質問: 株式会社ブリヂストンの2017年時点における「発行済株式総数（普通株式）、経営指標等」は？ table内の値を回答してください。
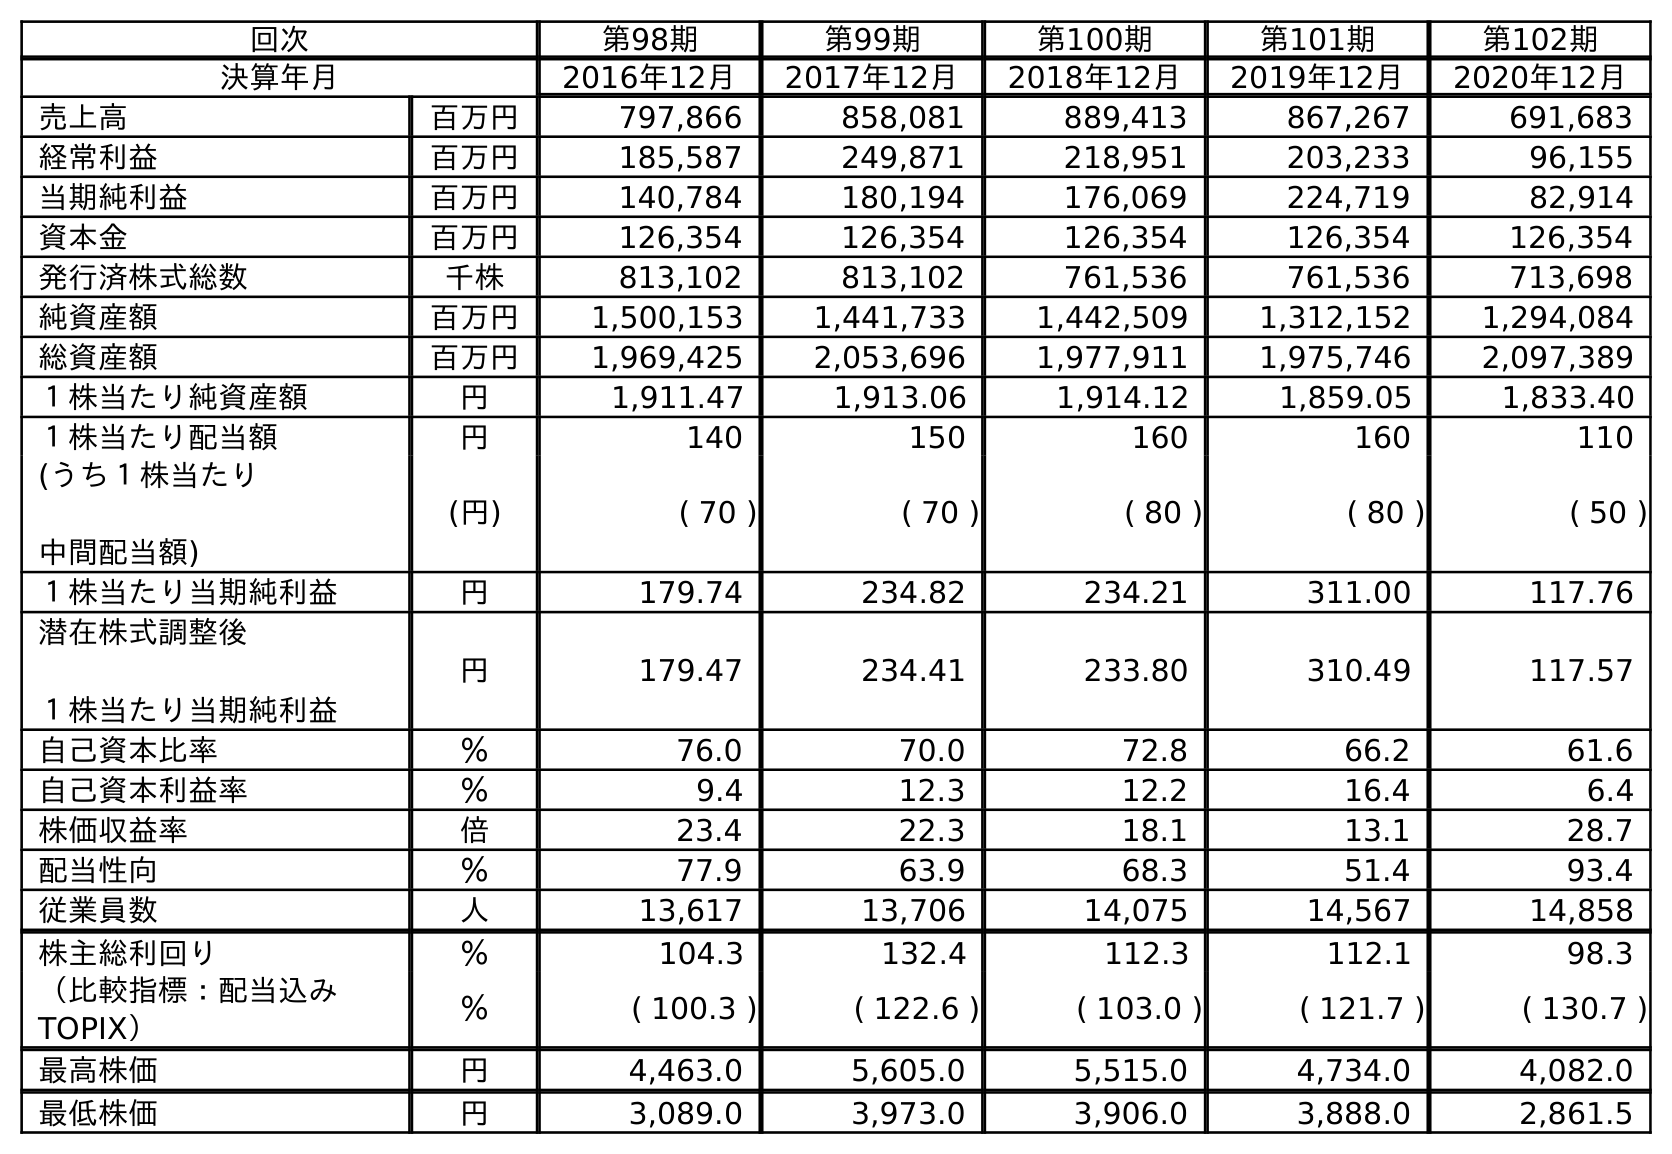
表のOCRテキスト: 回次 第98期 第99期 第100期 第101期 第102期 決算年月 2016年12月 2017年12月 2018年12月 2019年12月 2020年12月 売上高 百万円 797,866 858,081 889,413 867,267 691,683 経常利益 百万円 185,587 249,871 218,951 203,233 96,155 当期純利益 百万円 140,784 180,194 176,069 224,719 82,914 資本金 百万円 126,354 126,354 126,354 126,354 126,354 発行済株式総数 千株 813,102 813,102 761,536 761,536 713,698 純資産額 百万円 1,500,153 1,441,733 1,442,509 1,312,152 1,294,084 総資産額 百万円 1,969,425 2,053,696 1,977,911 1,975,746 2,097,389 １株当たり純資産額 円 1,911.47 1,913.06 1,914.12 1,859.05 1,833.40 １株当たり配当額 円 140 150 160 160 110 (うち１株当たり 中間配当額) (円) ( 70 ) ( 70 ) ( 80 ) ( 80 ) ( 50 ) １株当たり当期純利益 円 179.74 234.82 234.21 311.00 117.76 潜在株式調整後 １株当たり当期純利益 円 179.47 234.41 233.80 310.49 117.57 自己資本比率 ％ 76.0 70.0 72.8 66.2 61.6 自己資本利益率 ％ 9.4 12.3 12.2 16.4 6.4 株価収益率 倍 23.4 22.3 18.1 13.1 28.7 配当性向 ％ 77.9 63.9 68.3 51.4 93.4 従業員数 人 13,617 13,706 14,075 14,567 14,858 株主総利回り ％ 104.3 132.4 112.3 112.1 98.3 （比較指標：配当込み TOPIX） ％ ( 100.3 ) ( 122.6 ) ( 103.0 ) ( 121.7 ) ( 130.7 ) 最高株価 円 4,463.0 5,605.0 5,515.0 4,734.0 4,082.0 最低株価 円 3,089.0 3,973.0 3,906.0 3,888.0 2,861.5
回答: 813,102